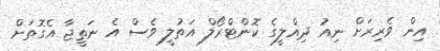
އިން ވެރިރަށް ނިއު ދިއްލީގެ ކޮންޓްރޯލް އަތުލީ ވެސް އެ ނަތީޖާ އެގޮތަށް